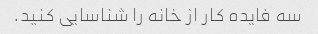
سه فایده کار از خانه را شناسایی کنید.